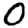
Digit: 0